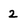
Character: 2